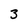
Character: 3